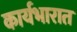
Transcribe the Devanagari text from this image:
कार्यभारात